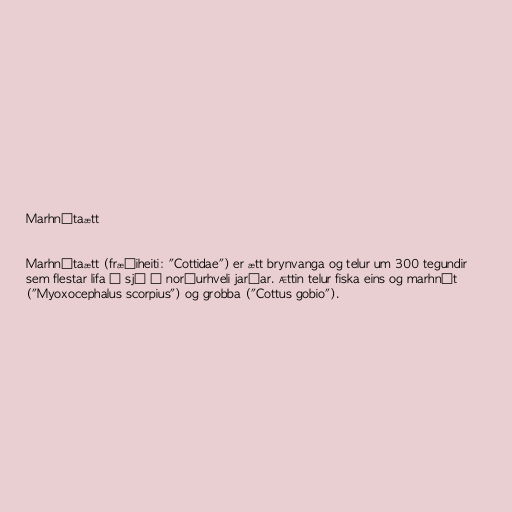
Marhnútaætt

Marhnútaætt (fræðiheiti: "Cottidae") er ætt brynvanga og telur um 300 tegundir
sem flestar lifa í sjó á norðurhveli jarðar. Ættin telur fiska eins og marhnút
("Myoxocephalus scorpius") og grobba ("Cottus gobio").